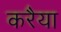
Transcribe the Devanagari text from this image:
करैया